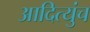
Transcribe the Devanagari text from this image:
आदित्युंच